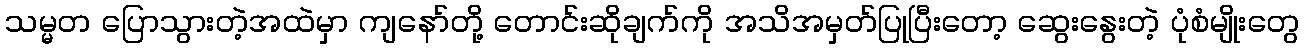
သမ္မတ ပြောသွားတဲ့အထဲမှာ ကျနော်တို့ တောင်းဆိုချက်ကို အသိအမှတ်ပြုပြီးတော့ ဆွေးနွေးတဲ့ ပုံစံမျိုးတွေ